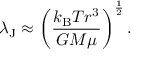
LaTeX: \lambda _ { \mathrm { J } } \approx \left( { \frac { k _ { \mathrm { B } } T r ^ { 3 } } { G M \mu } } \right) ^ { \frac { 1 } { 2 } } .